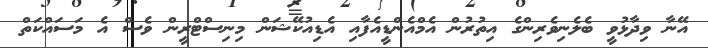
އޭނާ ވިދާޅުވީ ބެލެނިވެރިންގެ އިތުރުން އެމްއެންޑީއެފާއި އެޑިއުކޭޝަން މިނިސްޓްރީން ވެސް އެ މަސައްކަތް